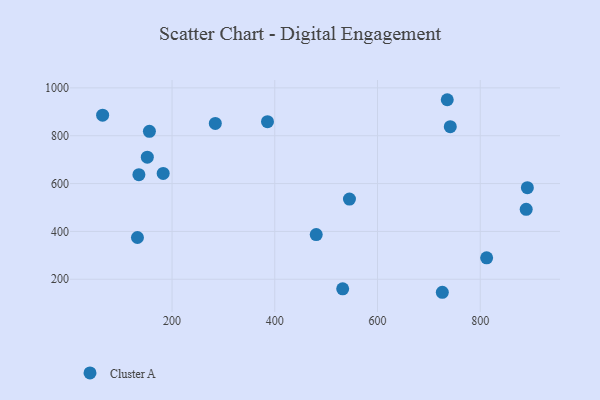
{"axis": {"x": "Engine Size", "y": "Yield"}, "legend": ["Cluster A"], "data": [{"x": "726.2", "y": 145.6, "type": "Cluster A"}, {"x": "132.6", "y": 374.6, "type": "Cluster A"}, {"x": "545.4", "y": 535.4, "type": "Cluster A"}, {"x": "480.7", "y": 386.7, "type": "Cluster A"}, {"x": "135.4", "y": 637.1, "type": "Cluster A"}, {"x": "385.8", "y": 858.6, "type": "Cluster A"}, {"x": "64.8", "y": 885.8, "type": "Cluster A"}, {"x": "812.5", "y": 289.8, "type": "Cluster A"}, {"x": "889.5", "y": 492.2, "type": "Cluster A"}, {"x": "284.2", "y": 851.5, "type": "Cluster A"}, {"x": "891.8", "y": 582.8, "type": "Cluster A"}, {"x": "741.7", "y": 838.0, "type": "Cluster A"}, {"x": "151.8", "y": 710.5, "type": "Cluster A"}, {"x": "735.8", "y": 950.5, "type": "Cluster A"}, {"x": "532.2", "y": 160.0, "type": "Cluster A"}, {"x": "155.9", "y": 818.6, "type": "Cluster A"}, {"x": "182.7", "y": 642.4, "type": "Cluster A"}]}